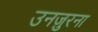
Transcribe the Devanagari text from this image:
उनज़ुरना